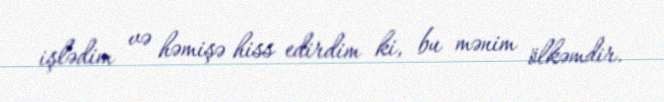
işlədim və həmişə hiss edirdim ki, bu mənim ölkəmdir.